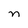
Character: n